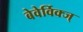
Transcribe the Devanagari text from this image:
बेवेर्विक्ज्